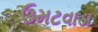
ઉમટવાડા